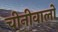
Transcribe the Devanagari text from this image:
चीनीवालों